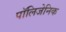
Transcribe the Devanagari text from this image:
पॉलिजेनिक